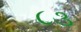
૮૩